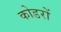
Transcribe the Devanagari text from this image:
कोडरों